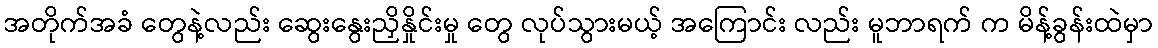
အတိုက်အခံ တွေနဲ့လည်း ဆွေးနွေးညှိနှိုင်းမှု တွေ လုပ်သွားမယ့် အကြောင်း လည်း မူဘာရက် က မိန့်ခွန်းထဲမှာ